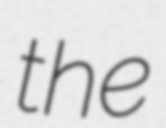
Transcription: the